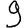
Digit: 9